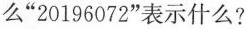
么”20196072”表示什么?